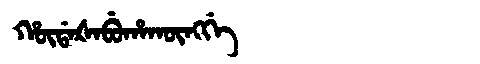
Manchu: ᡥᡡᡩᠠᡧᠠᠪᡠᡥᠠᡴᡡᠩᡤᡝ
Romanization: HŪDAŠABUHAKŪNGGE